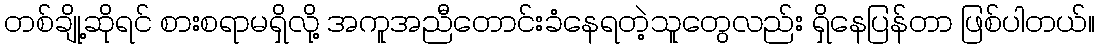
တစ်ချို့ဆိုရင် စားစရာမရှိလို့ အကူအညီတောင်းခံနေရတဲ့သူတွေလည်း ရှိနေပြန်တာ ဖြစ်ပါတယ်။